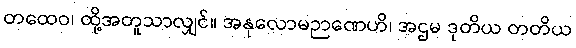
တထေဝ၊ ထို့အတူသာလျှင်။ အနုလောမဉာဏေဟိ၊ အဌမ ဒုတိယ တတိယ